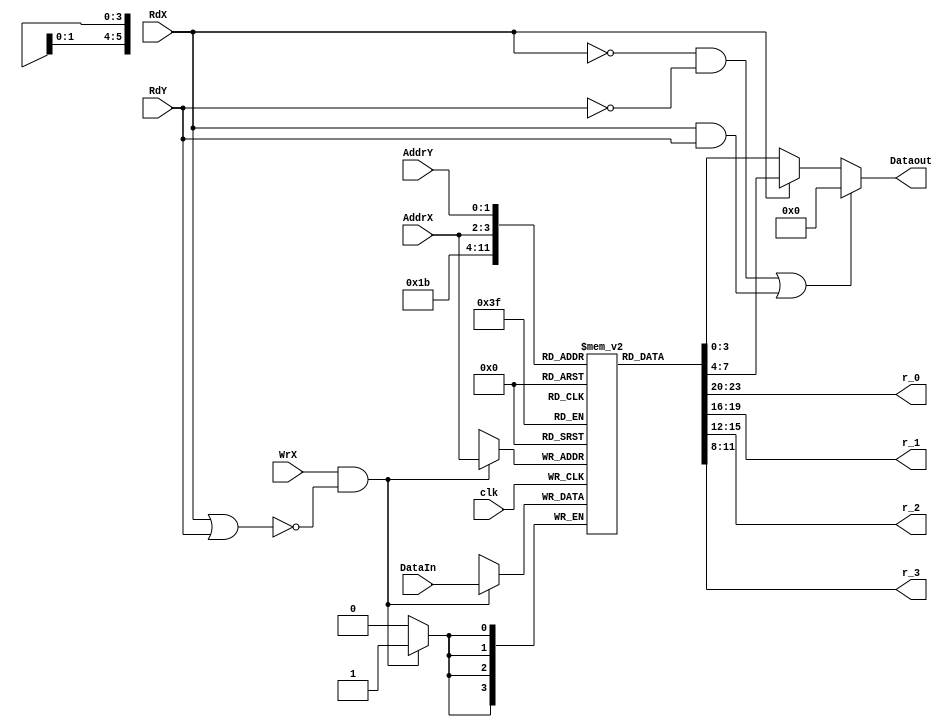
module Lab2_RF
(
	input clk,
	input [3:0] DataIn,
	input [1:0] AddrX,
	input [1:0] AddrY,
	input RdX,
	input RdY,
	input WrX,
	output [3:0] Dataout,
	
	//these 4 signals will provide the current contents of the 
	//register file for displaying on the nexys board.
	output [3:0] r_0,
	output [3:0] r_1,
	output [3:0] r_2,
	output [3:0] r_3
);
	
	reg [3:0] datastorage [3:0]; 
	
	initial begin

		datastorage[0] = 0;
		datastorage[1] = 0;
		datastorage[2] = 0;
		datastorage[3] = 0;
	end
   
	assign r_0 = datastorage[0];
	assign r_1 = datastorage[1];
	assign r_2 = datastorage[2];
	assign r_3 = datastorage[3];

	always@(posedge clk)
	begin

		if(WrX & !(RdX||RdY)) //write high, not reading
			datastorage[AddrX] <= DataIn;   

	end

    
	wire both;
	assign both = ((RdX == 0 && RdY == 0) || (RdX == 1 && RdY == 1));
    
    
	assign Dataout = both ? 0 : ( RdX ? datastorage[AddrX] : datastorage[AddrY]); 

endmodule